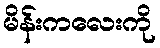
မိန်းကလေးကို